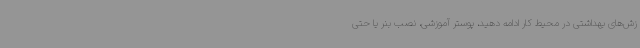
زش‌های بهداشتی در محیط کار ادامه دهید، پوستر آموزشی، نصب بنر یا حتی